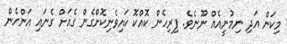
މިކަން އަދި ނިމުނީއެއް ނޫނެވެ. ފިރިހެން ކޮއްކޮ ކައިވެނިކޮށްގެން ގެއަށް ގެނައި އަންހެން